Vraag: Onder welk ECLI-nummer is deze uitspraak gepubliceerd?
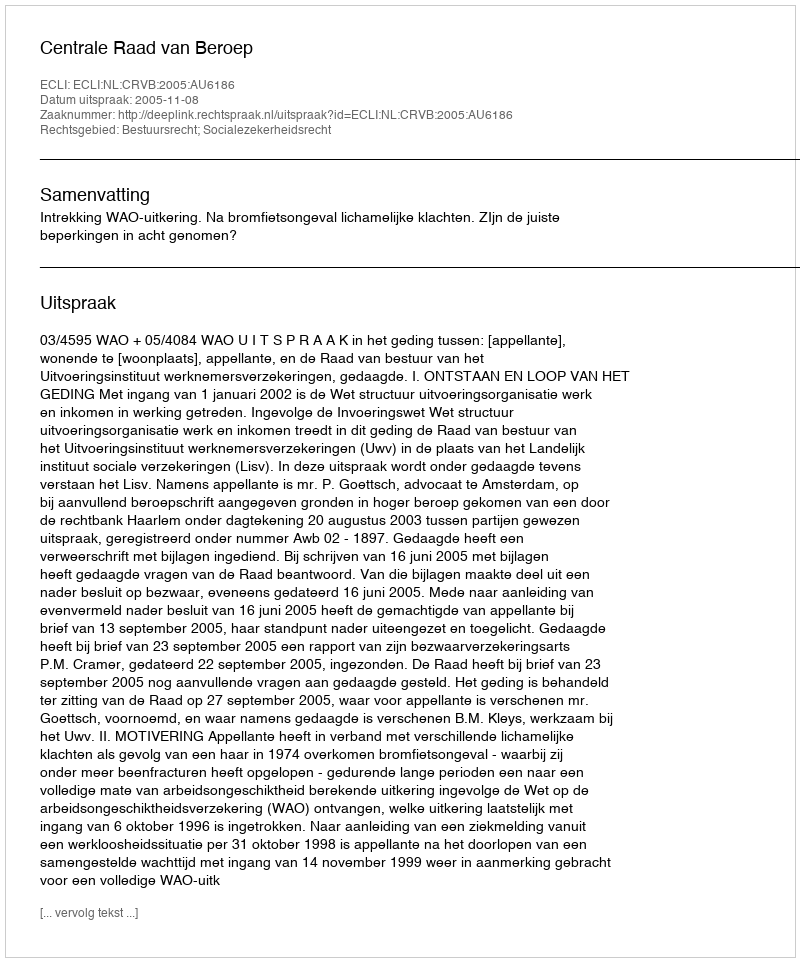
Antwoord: ECLI:NL:CRVB:2005:AU6186